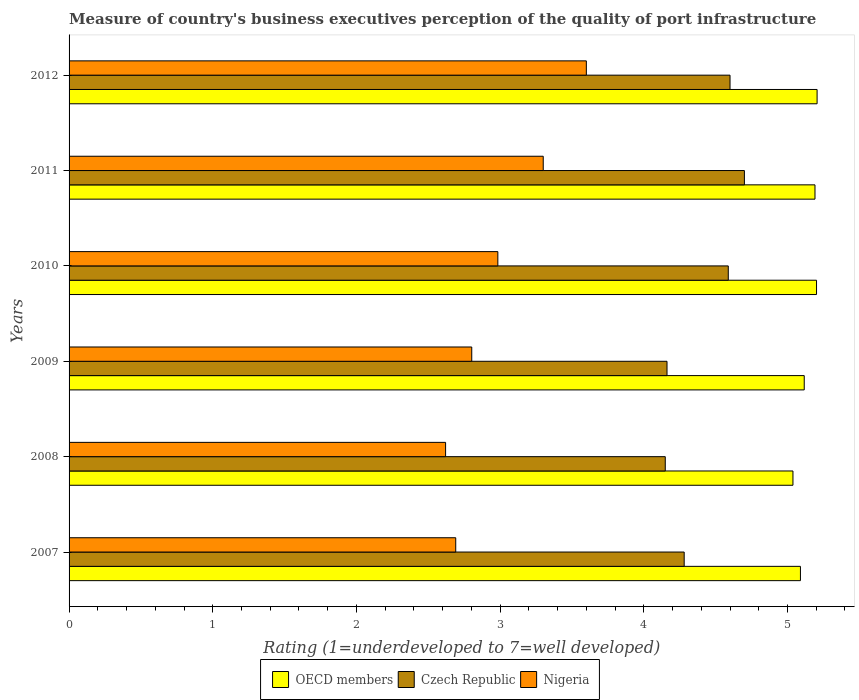
| Years | OECD members | Czech Republic | Nigeria |
 | --- | --- | --- | --- |
 | 2007 | 5.09 | 4.28 | 2.69 |
 | 2008 | 5.04 | 4.15 | 2.62 |
 | 2009 | 5.12 | 4.16 | 2.8 |
 | 2010 | 5.2 | 4.59 | 2.98 |
 | 2011 | 5.19 | 4.7 | 3.3 |
 | 2012 | 5.21 | 4.6 | 3.6 |